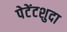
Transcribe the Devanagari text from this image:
पेटेंटशुदा